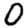
Digit: 0